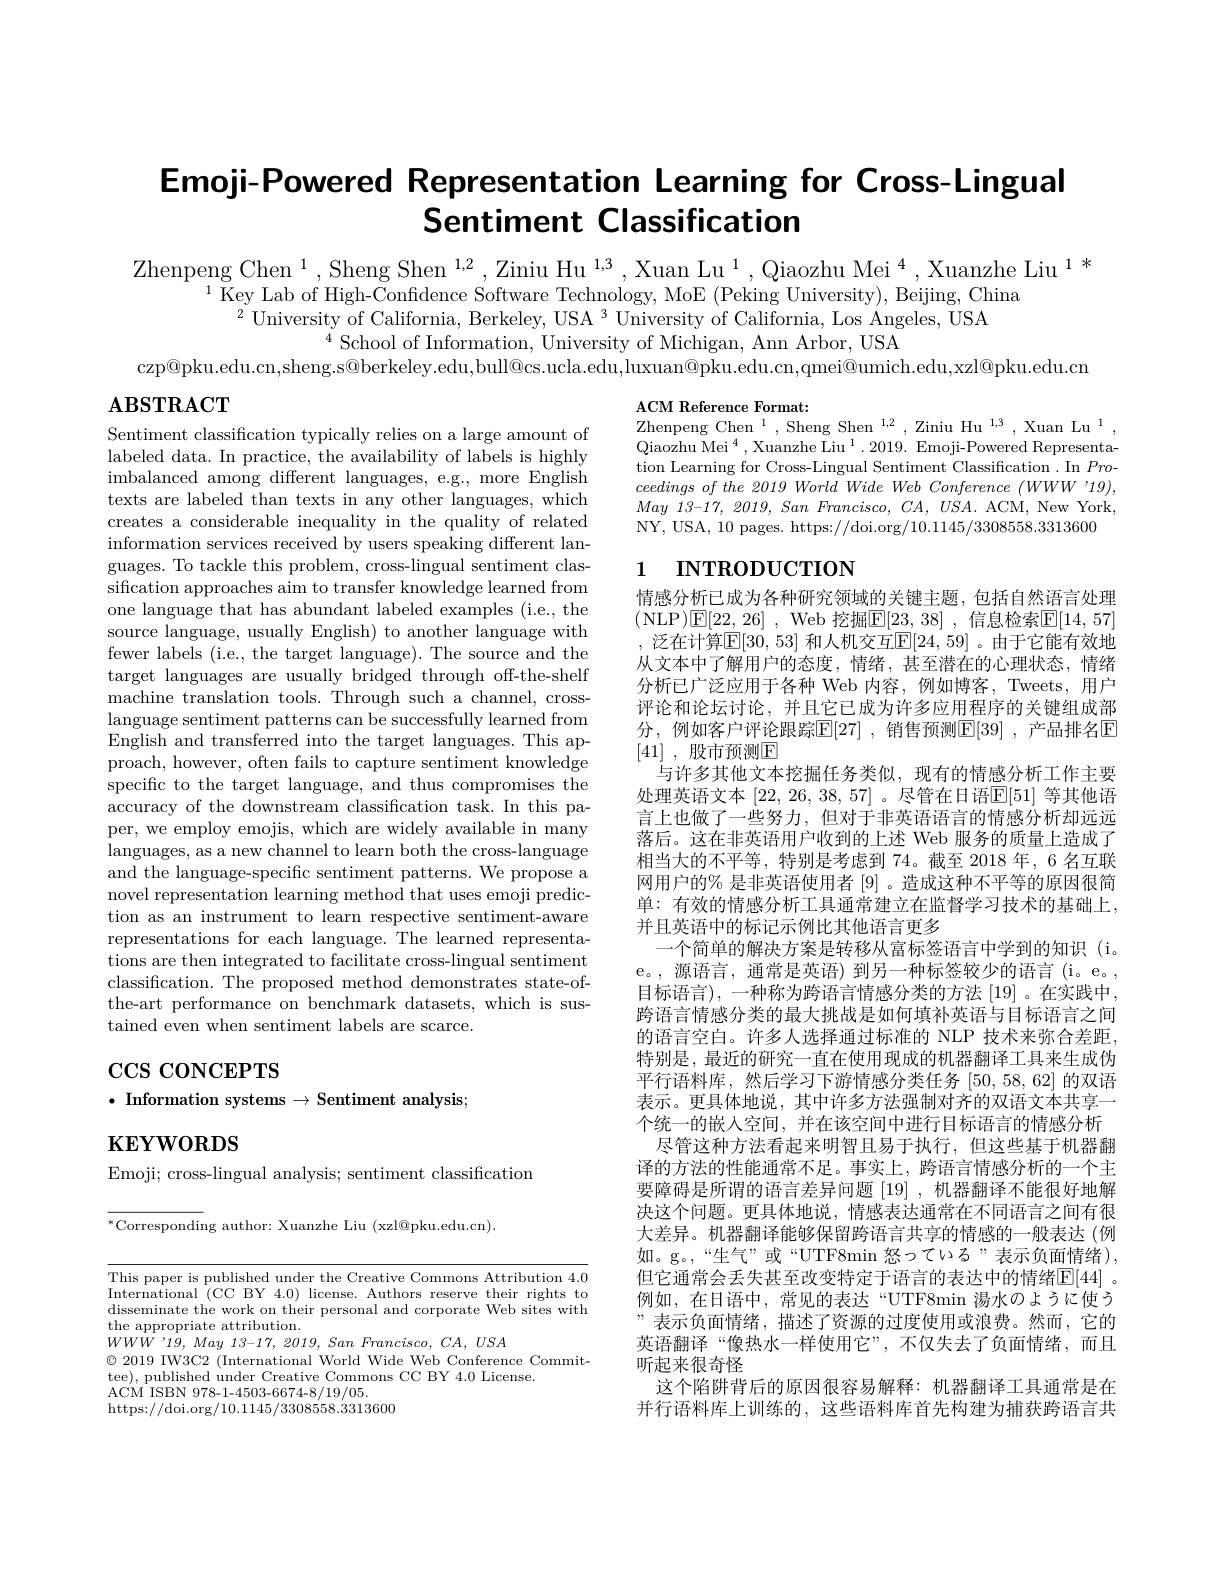
# Emoji-Powered Representation Sentiment Classification

Zhenpeng Chen $^1,\text{Sheng Shen }^{1,2},\text{Ziniu Hu}^{1,3},\text{Xuan Lu}^{1},\text{Qiaozhu Mei}^{4},\text{Xuanzhe Liu}^{1*}$
$^{1}\bar{\text{ Key Lab of High-Con}}$
$^2$ University of Californi
$^{4}$School of Information,
czp@pku.edu.cn,sheng.s@berkeley.edu,bull@cs.ucla.edu,luxuan@pku.edu.cn,qmei@umich.edu,xzl@pku.edu.cn

$\mathbf{ABSTRACT}$

ACM Reference Format:
$\mathrm{Zhenpeng~Chen~}^{1}$,Sheng Shen$^1$,Ziniu Hu$^{1,3}$,Xuan Lu$^1$, Qiaozhu Mei$^4,\text{Xuanzhe Liu}^1.2019.$ Emoji-Powered Representation Learning for Cross-Ling $ceedings~of~the~2019~World~$ May 13-17, 2019, San $Francisco$, $CA$, $USA.$ ACM, New York, NY, USA, 10 pages. https://d

# 1 INTRODUCTION

Sentiment classification typ labeled data. In practice, the availability of labels is highly imbalanced among different languages, e.g., more English texts are labeled than texts in any other languages, which creates a considerable inequality in the quality of related information services received by users speaking different languages. To tackle this problem, cross-lingual sentiment classification approaches aim to transfer knowledge learned from one language that has abundant labeled examples (i.e., the source language, usually English) to another language with fewer labels (i.e., the target language). The source and the target languages are usually bridged through off-the-shelf machine translation tools. Through such a channel, crosslanguage sentiment patterns can be successfully learned from English and transferred into the target languages. This approach, however, often fails to capture sentiment knowledge specific to the target language, and thus compromises the accuracy of the downstream classification task. In this paper, we employ emojis, which are widely available in many languages, as a new channel to learn both the cross-language and the language-specific sentiment patterns. We propose a novel representation learning method that uses emoji prediction as an instrument to learn respective sentiment-aware representations for each language. The learned representations are then integrated to facilitate cross-lingual sentiment classification. The proposed method demonstrates state-ofthe-art performance on benchmark datasets, which is sustained even when sentiment labels are scarce.

情感分析已成为各种研究领域的关键主题，包括自然语言处理(NLP)E[22,26] , Web 挖掘$\mathbb{E} [ 23, 38]$ ,信息检索$\mathbb{E}[14,57]$ , 泛在计算$\mathbb{E}[30,53]$ 和人机交互$\mathbb{E}[24,59]$ 。由于它能有效地从文本中了解用户的态度，情绪，甚至潜在的心理状态，情绪分析已广泛应用于各种 Web 内容，例如博客，Tweets,用户评论和论坛讨论，并且它已成为许多应用程序的关键组成部分，例如客户评论跟踪$\operatorname{E}[27]$ ,销售预测$\operatorname{E}[39]$ ,产品排名$\operatorname{E}$ [41] , 股市预测$\mathbb{E}$
与许多其他文本挖掘任务类似，现有的情感分析工作主要处理英语文本 [22,26,38,57] 。尽管在日语$\mathbb{E}[51]$ 等其他语言上也做了一些努力，但对于非英语语言的情感分析却远远落后。这在非英语用户收到的上述 Web 服务的质量上造成了相当大的不平等，特别是考虑到 74。截至 2018 年，6 名互联网用户的% 是非英语使用者[9] 。造成这种不平等的原因很简单：有效的情感分析工具通常建立在监督学习技术的基础上， 并且英语中的标记示例比其他语言更多
一个简单的解决方案是转移从富标签语言中学到的知识(i。e。, 源语言，通常是英语) 到另一种标签较少的语言 (i。e。, 目标语言), 一种称为跨语言情感分类的方法[19] 。在实践中， 跨语言情感分类的最大挑战是如何填补英语与目标语言之间的语言空白。许多人选择通过标准的 NLP 技术来弥合差距， 特别是，最近的研究一直在使用现成的机器翻译工具来生成伪平行语料库，然后学习下游情感分类任务[50,58,62]的双语表示。更具体地说，其中许多方法强制对齐的双语文本共享一个统一的嵌入空间，并在该空间中进行目标语言的情感分析
尽管这种方法看起来明智且易于执行，但这些基于机器翻译的方法的性能通常不足。事实上，跨语言情感分析的一个主要障碍是所谓的语言差异问题[19] ,机器翻译不能很好地解决这个问题。更具体地说，情感表达通常在不同语言之间有很大差异。机器翻译能够保留跨语言共享的情感的一般表达(例如。g。“生气”或“UTF8min 怒っている”表示负面情绪), 但它通常会丢失甚至改变特定于语言的表达中的情绪$\mathbb{E}[44]$ 。例如，在日语中，常见的表达“UTF8min 湯水のように使う”表示负面情绪，描述了资源的过度使用或浪费。然而，它的英语翻译“像热水一样使用它”,不仅失去了负面情绪，而且听起来很奇怪
这个陷阱背后的原因很容易解释：机器翻译工具通常是在并行语料库上训练的，这些语料库首先构建为捕获跨语言共

# $\operatorname{CCS}$ coNCEPTS $\bullet$ Information systems $\to \textbf{Sentiment analysis};$

$\mathbf{KEYWORDS}$

Emoji; cross-lingual analysis; sentiment classification

$^{*}$Corresponding author: Xuanzhe Liu (xzl@pku.edu.cn).

This paper is published unde International (CC BY 4.0) disseminate the work on their personal and corporate Web sites with the appropriate attribution.
$WWWW$'19, May 13-17, 2019, San Francisco, $CA$, $USA$
$\odot$2019 IW3C2 (International
tee), published under Creative Commons CC BY 4.0 License.
ACM ISBN 978- 1- 4503- 6674- 8
https://doi.org/10.1145/3308558.3313600